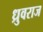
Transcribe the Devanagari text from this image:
ध्रुवराज